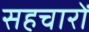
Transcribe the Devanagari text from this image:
सहचारों